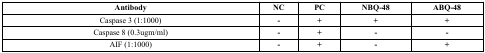
<table><thead><tr><td><b>Antibody</b></td><td><b>NC</b></td><td><b>PC</b></td><td><b>NBQ-48</b></td><td><b>ABQ-48</b></td></tr></thead><tbody><tr><td>Caspase 3 (1:1000)</td><td><b>-</b></td><td><b>+</b></td><td><b>+</b></td><td><b>+</b></td></tr><tr><td>Caspase 8 (0.3ugm/ml)</td><td><b>-</b></td><td><b>+</b></td><td><b>-</b></td><td><b>-</b></td></tr><tr><td>AIF (1:1000)</td><td><b>-</b></td><td><b>+</b></td><td><b>-</b></td><td><b>+</b></td></tr></tbody></table>